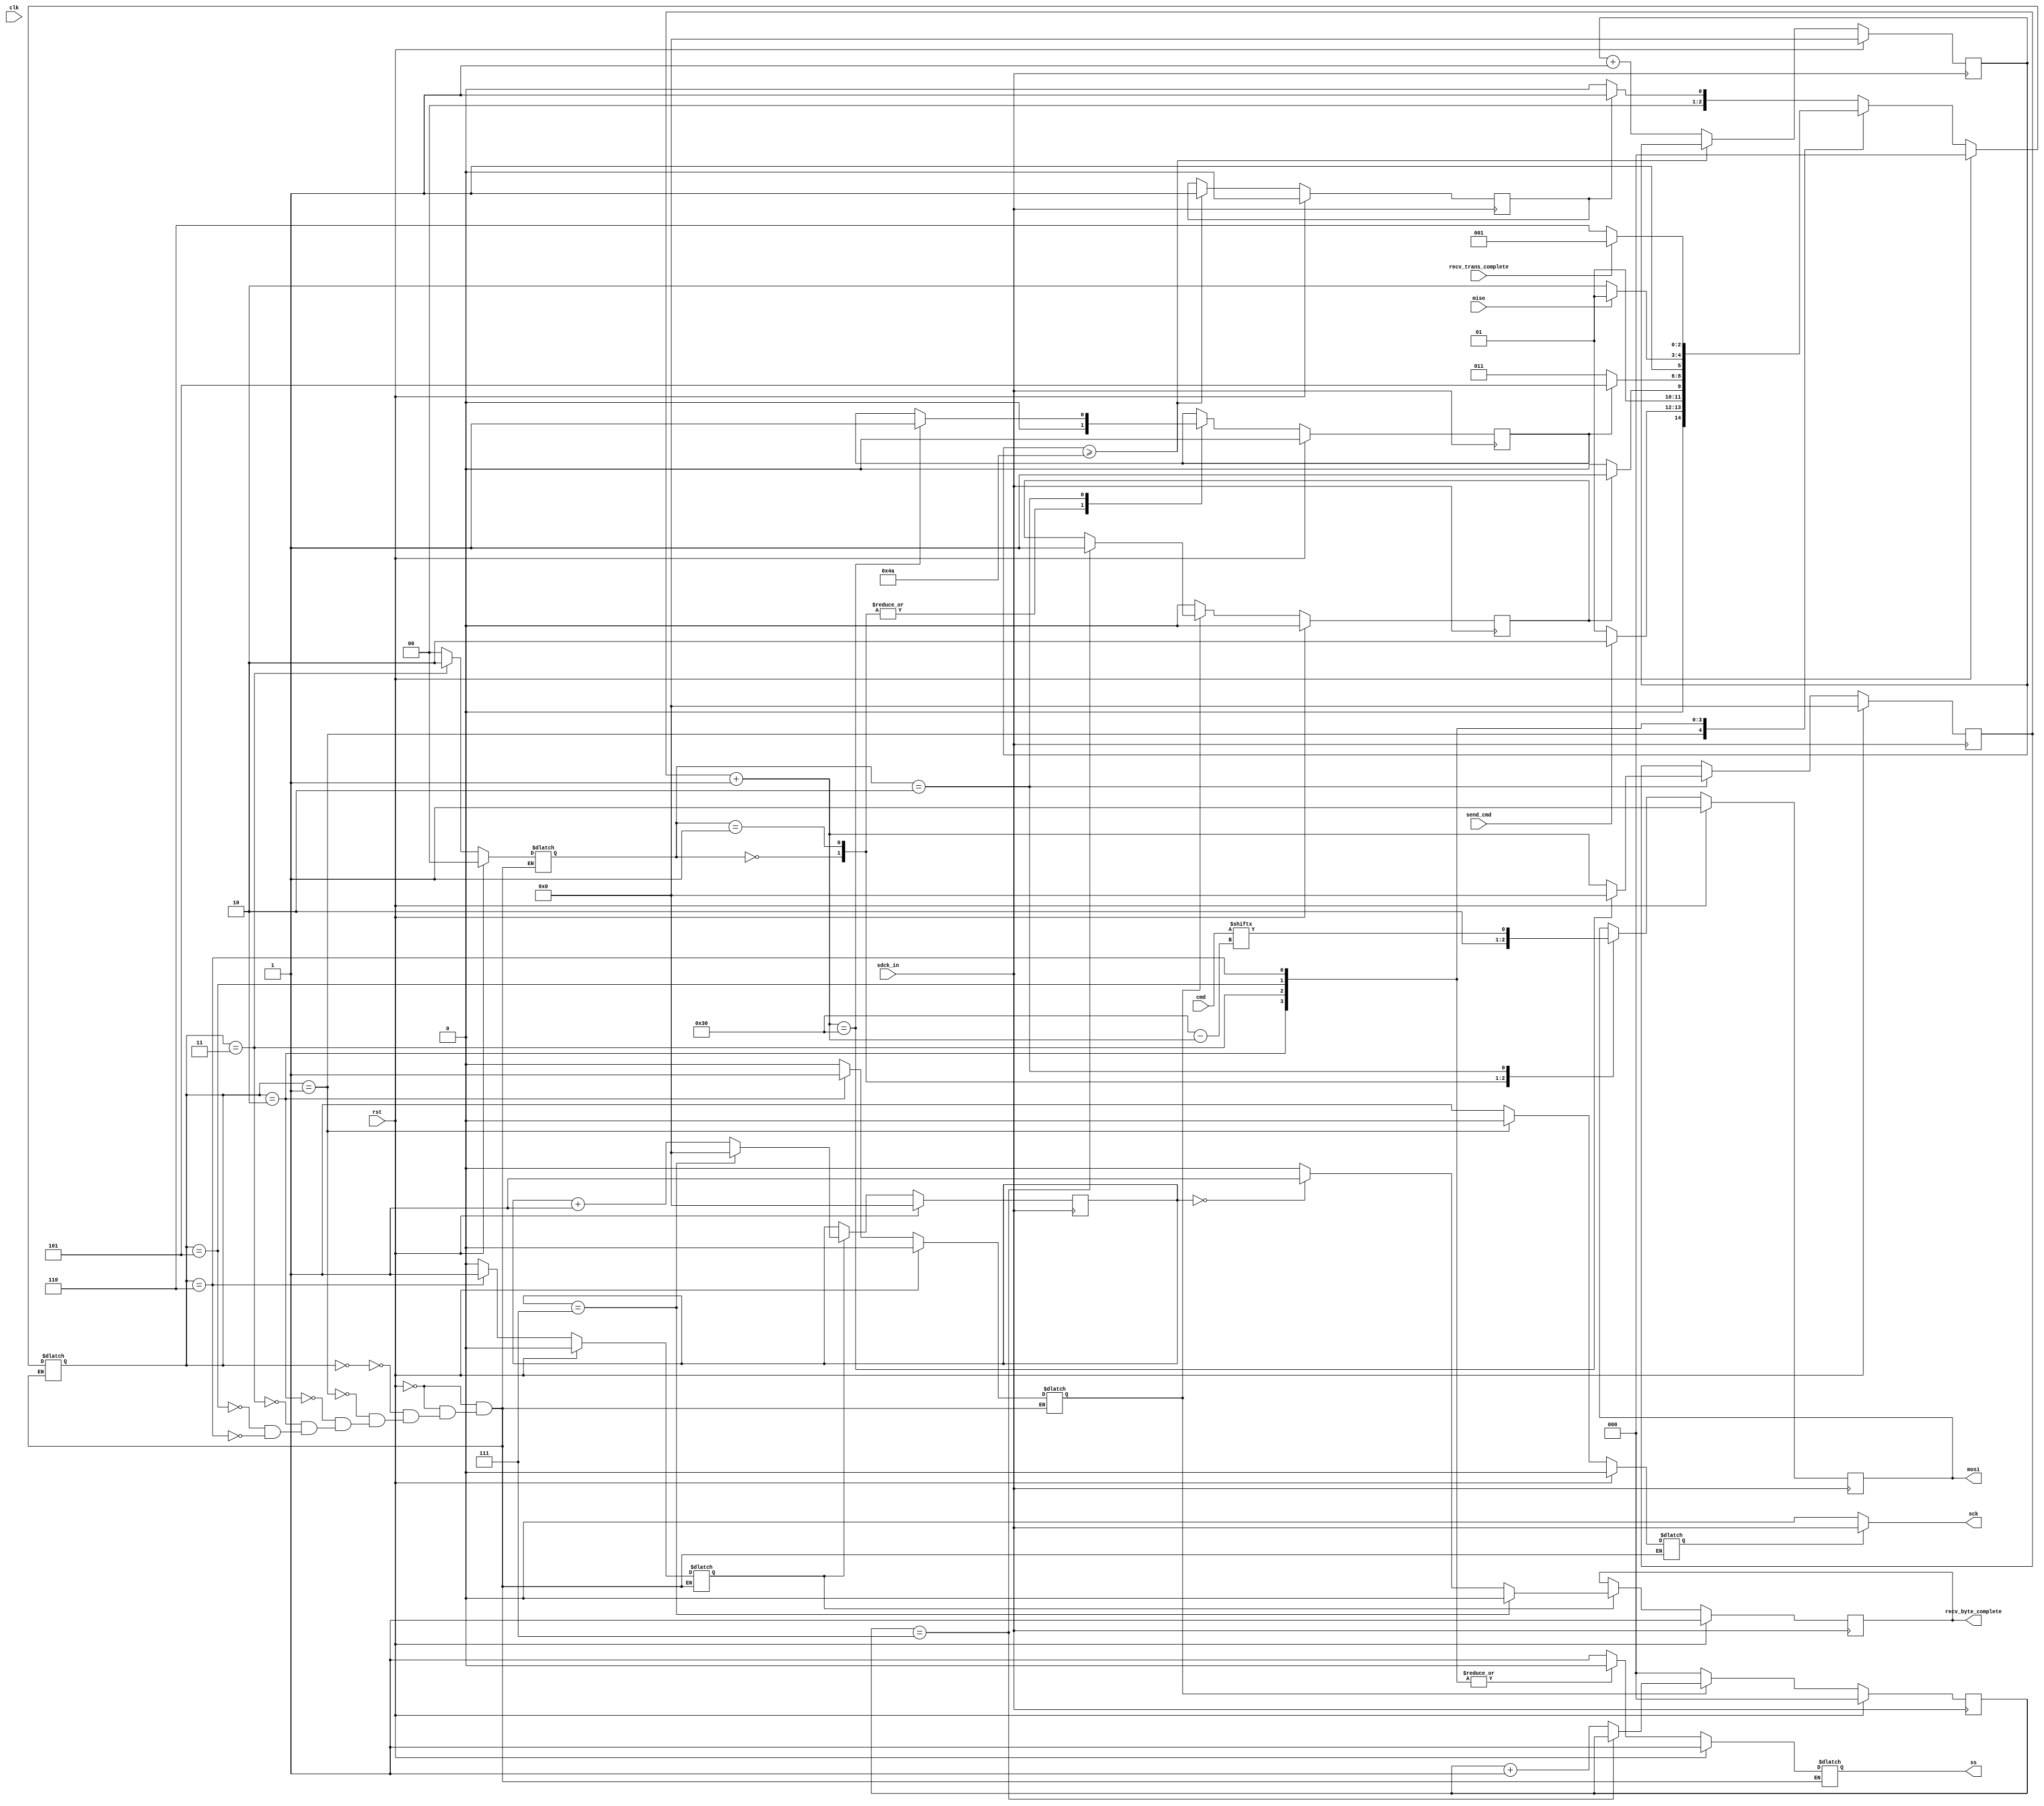
module spi_fsm(
	input [47:0] cmd,
	input clk,send_cmd,rst,miso,sdck_in,recv_trans_complete,
	output sck,
	output reg ss,mosi,recv_byte_complete
	);

parameter 	CONF = 0,
				IDLE = 1,
				SPRE = 2,
				SEND = 3,
				RPRE = 5,
				RECV = 6;
parameter 	MOSI_HI = 0,
				MOSI_LO = 1,
				MOSI_DAT = 2;
reg [1:0] mosi_state;
reg [7:0] recv_byte;
reg [2:0] NS,PS,precon_count;
reg [6:0] conf_count, trans_count,recv_count;
reg conf_done, precon_count_en, precon_done,sck_en,trans_done, recv_en;


initial begin
	conf_count = 0;
	conf_done = 0;
	precon_count_en = 0;
	precon_count = 0;
	precon_done = 0;
	trans_count = 0;
	recv_en = 0;
	recv_byte = 0;
	recv_count = 0;
	sck_en=1;
	recv_byte_complete = 1;
	NS = CONF;
	PS = CONF;
	mosi = 1;
	trans_done = 0;
end

always @(negedge sdck_in) begin
	if(rst)begin
		mosi = 1;
		trans_count = 0;
		trans_done = 0;
		recv_byte_complete = 1;
		recv_count = 0;
	end else begin
		case(mosi_state)
			MOSI_HI: begin
				mosi = 1;
				trans_done = 0;
			end
			MOSI_LO: begin
				mosi = 0;
				trans_done = 0;
			end
			MOSI_DAT: begin
				trans_count = trans_count + 1;
				mosi = cmd[48-trans_count];
				if(trans_count == 48) begin
					trans_count = 0;
					trans_done = 1;
				end
			end
			endcase
		
		if(recv_en) begin
			if(recv_count == 7)begin
				recv_byte_complete = 0;
				recv_count = 0;
			end else begin
				if(recv_count == 0)
					recv_byte_complete = 1;
				else
					recv_byte_complete = 0;
				recv_count = recv_count + 1;
			end
		end
	end
end

always @(posedge sdck_in) begin
	if(rst) begin
		conf_done = 0;
		conf_count = 0;
		precon_count = 0;
		precon_done = 0;
		recv_byte = 0;
	end else begin
		//Put sd card into SPI mode 
		if(conf_count >= 74)
			conf_done = 1;
		else
			conf_count = conf_count + 1;
			
		if(precon_count_en) begin
			if(precon_count == 7)
				precon_done = 1;
			else
				precon_count = precon_count + 1;
		end else begin
			precon_count = 0;
			precon_done = 0;
		end
		
		if(recv_en) begin
			recv_byte[recv_count] = miso;
		end
	end
end


always @(clk) begin 
	if(rst) PS = CONF;
	PS=NS;
end

always @(*) begin
	if(rst) begin 
		NS = CONF;
		mosi_state = MOSI_HI;
		ss = 1;
		sck_en = 0;
		precon_count_en = 0;
		recv_en = 0;
		
	end else begin
		case (PS) 
			CONF: begin
				if(conf_done)
					NS = IDLE;
				else
					NS = CONF;
				mosi_state = MOSI_HI;
				ss = 1;
				sck_en = 1;
				precon_count_en = 0;
				recv_en = 0;
			end
			IDLE: begin
				if(send_cmd)
					NS = SPRE;
				else
					NS = IDLE;
				sck_en = 0;
				ss = 1;
				mosi_state = MOSI_HI;
				precon_count_en = 0;
				recv_en = 0;
			end
			SPRE: begin
				precon_count_en = 1;
				if(precon_done)
					NS = SEND;
				else
					NS = SPRE;
				ss = 0;
				mosi_state = MOSI_HI;
				sck_en = 1;
				recv_en = 0;
			end
			SEND: begin
				precon_count_en = 0;
				if(trans_done)
					NS = RPRE;
				else
					NS = SEND;
				mosi_state = MOSI_DAT;
				ss = 0;
				sck_en = 1;
				recv_en = 0;
			end
			RPRE: begin
				if(miso)
					NS = RPRE;
				else
					NS = RECV;
				sck_en = 1;
				mosi_state = MOSI_HI;
				ss = 0;
				precon_count_en = 0;
				recv_en = 0;
			end
			RECV: begin
				recv_en = 1;
				if(recv_trans_complete)
					NS = IDLE;
				else
					NS = RECV;
				mosi_state = MOSI_HI;
				ss = 0;
				sck_en = 1;
				precon_count_en = 0;
			end
		endcase
	end
end
	
assign sck = (sck_en) ? sdck_in : 0;

endmodule